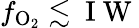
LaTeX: f_{\mathrm{O_{2}}}\lesssim\mathrm{~I~W~}